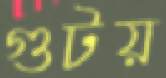
গুটয়